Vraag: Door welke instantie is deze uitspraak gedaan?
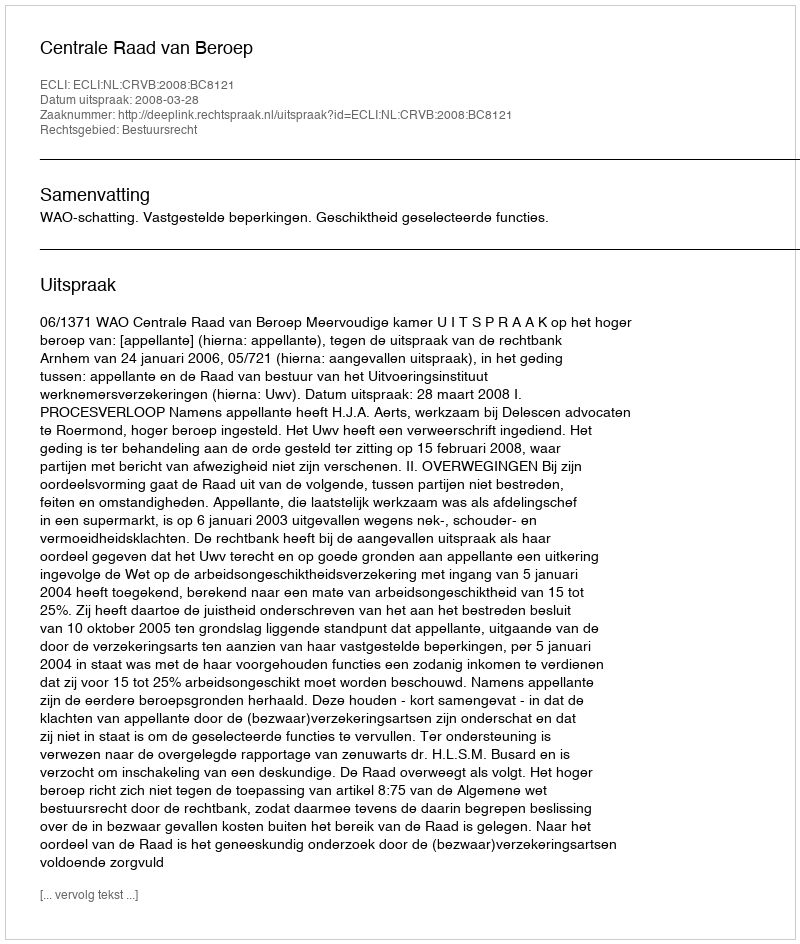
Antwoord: Centrale Raad van Beroep